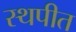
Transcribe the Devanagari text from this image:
स्थपीत